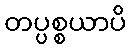
တပ္ပစ္စယာပိ